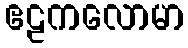
ဧဠကလောမာ